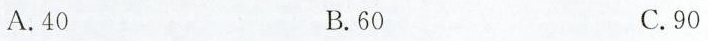
A.40 B.60 C.90